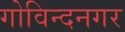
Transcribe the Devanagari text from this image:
गोविन्‍दनगर